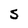
Character: 5